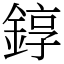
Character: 錞